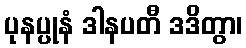
ပုနပ္ပုနံ ဒါနပတီ ဒဒိတွာ၊